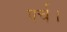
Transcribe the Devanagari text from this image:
पर्च।